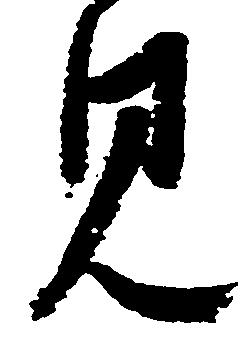
見